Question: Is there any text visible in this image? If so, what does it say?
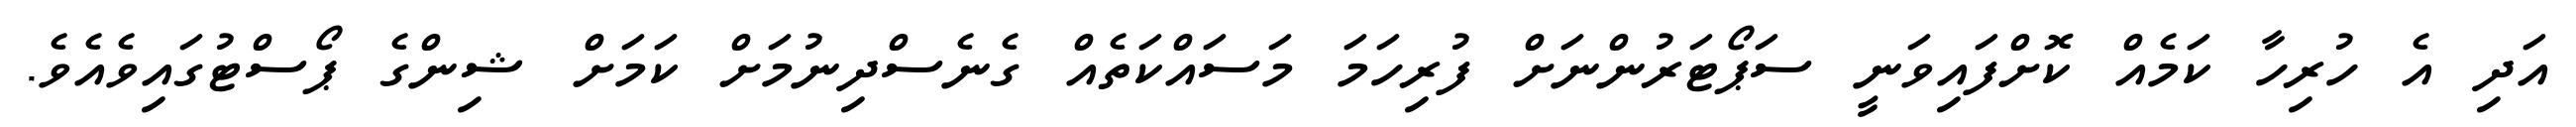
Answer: އަދި އެ ހުރިހާ ކަމެއް ކޮށްފައިވަނީ ސަޕޯޓަރުންނަށް ފުރިހަމަ މަސައްކަތެއް ގެނެސްދިނުމަށް ކަމަށް ޝިންގެ ޕޯސްޓުގައިވެއެވެ.